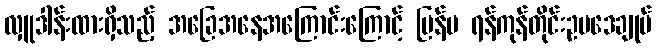
လှူဒါန်းထားရှိသည့် အခြေအနေအကြောင်းကြောင့် ပြန်မ ရန်ကုန်တိုင်းဥပဒေချုပ်